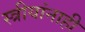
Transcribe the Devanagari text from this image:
स्त्रीयांनाही